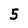
Character: 5